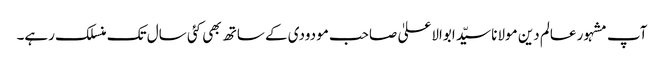
آپ مشہور عالم دین مولانا سیّد ابوالاعلیٰ صاحب مودودی کے ساتھ بھی کئی سال تک منسلک رہے۔